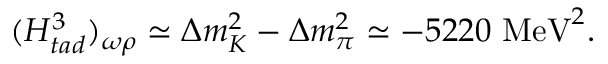
( H _ { t a d } ^ { 3 } ) _ { \omega \rho } \simeq \Delta m _ { K } ^ { 2 } - \Delta m _ { \pi } ^ { 2 } \simeq - 5 2 2 0 \mathrm { ~ M e V } ^ { 2 } .